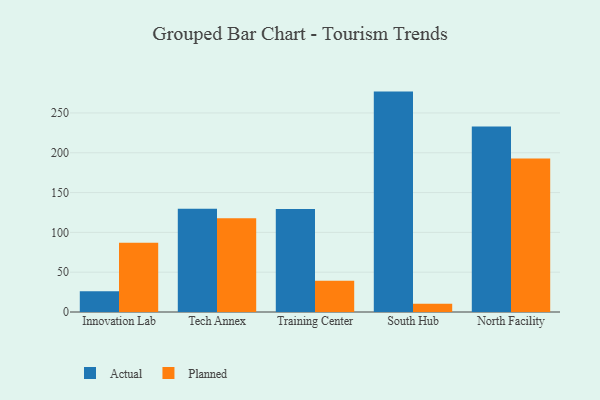
{"axis": {"x": "Campus", "y": "Conversion Rate (%)"}, "legend": ["Actual", "Planned"], "data": [{"x": "Innovation Lab", "y": 26.2, "type": "Actual"}, {"x": "Innovation Lab", "y": 86.9, "type": "Planned"}, {"x": "Tech Annex", "y": 129.8, "type": "Actual"}, {"x": "Tech Annex", "y": 117.7, "type": "Planned"}, {"x": "Training Center", "y": 129.4, "type": "Actual"}, {"x": "Training Center", "y": 39.4, "type": "Planned"}, {"x": "South Hub", "y": 276.8, "type": "Actual"}, {"x": "South Hub", "y": 10.4, "type": "Planned"}, {"x": "North Facility", "y": 233.0, "type": "Actual"}, {"x": "North Facility", "y": 192.8, "type": "Planned"}]}